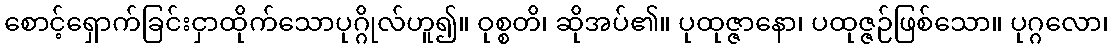
စောင့်ရှောက်ခြင်းငှာထိုက်သောပုဂ္ဂိုလ်ဟူ၍။ ဝုစ္စတိ၊ ဆိုအပ်၏။ ပုထုဇ္ဇာနော၊ ပထုဇ္ဇဉ်ဖြစ်သော။ ပုဂ္ဂလော၊